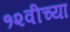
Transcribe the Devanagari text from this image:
१२वीच्या